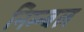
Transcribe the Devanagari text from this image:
निम्न्बल